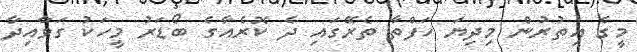
މީގެ އިތުރުން މިދިޔަ ހަފްތާ ތެރޭގައި ދެ ކޮރެއާގެ ބޯޑަރު މީހަކު ގަވާއިދާ